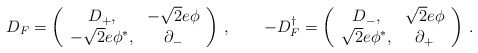
\begin{align*}D_F = \left( \begin{array}{cc} D_+,& -\sqrt{2} e\phi \\ -\sqrt{2}e\phi^*,&\partial_-\end{array}\right)\,,\qquad-D_F^\dag = \left( \begin{array}{cc} D_-,& \sqrt{2} e\phi \\ \sqrt{2}e\phi^*,&\partial_+\end{array}\right)\,.\end{align*}